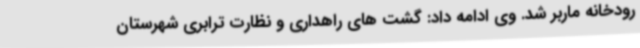
رودخانه ماربر شد. وی ادامه داد: گشت های راهداری و نظارت ترابری شهرستان